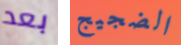
بعد الضجيج